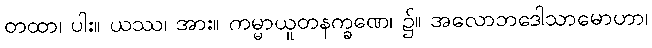
တထာ၊ ပါး။ ယဿ၊ အား။ ကမ္မာယူတနက္ခဏေ၊ ၌။ အလောဘဒေါသာမောဟာ၊